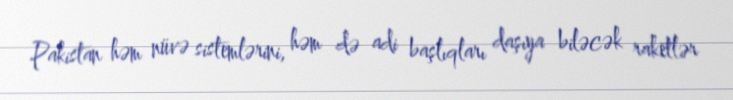
Pakistan həm nüvə sistemlərini, həm də adi başlıqları daşıya biləcək raketlər